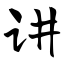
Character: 讲